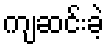
ကျဆင်းခဲ့